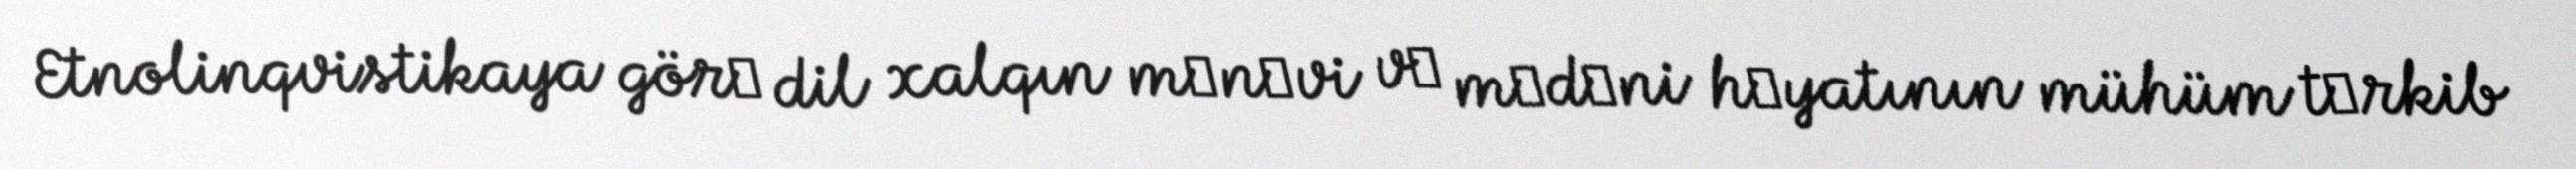
Etnolinqvistikaya görә dil xalqın mәnәvi vә mәdәni hәyatının mühüm tәrkib